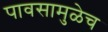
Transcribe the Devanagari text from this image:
पावसामुळेच